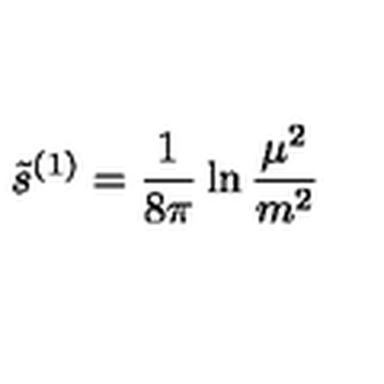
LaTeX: \tilde { s } ^ { ( 1 ) } = { \frac { 1 } { 8 \pi } } \ln { \frac { \mu ^ { 2 } } { m ^ { 2 } } }